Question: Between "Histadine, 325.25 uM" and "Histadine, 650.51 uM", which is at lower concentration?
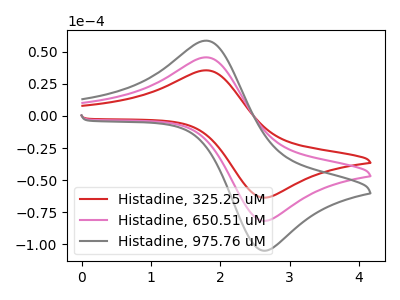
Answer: <think>The red curve "Histadine, 325.25 uM" has an anodic peak at (1.80V, 35.60uA) and a cathodic peak at (2.60V, -63.45uA). The pink curve "Histadine, 650.51 uM" has an anodic peak at (1.80V, 45.70uA) and a cathodic peak at (2.60V, -81.55uA). The gray curve "Histadine, 975.76 uM" has an anodic peak at (1.80V, 91.40uA) and a cathodic peak at (2.60V, -163.05uA).
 All the peaks in "Histadine, 325.25 uM" have a peak in "Histadine, 650.51 uM" at the same potential. Every peak in "Histadine, 325.25 uM" is lower than every peak in "Histadine, 650.51 uM".</think>
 <answer>"Histadine, 325.25 uM" has less signal than "Histadine, 650.51 uM" and so likely has a lower concentration.</answer>
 <eval>less_concentration</eval>